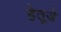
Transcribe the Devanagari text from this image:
हेतूजे